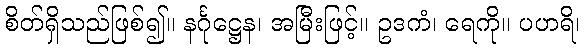
စိတ်ရှိသည်ဖြစ်၍။ နင်္ဂုဋ္ဌေန၊ အမြီးဖြင့်။ ဥဒကံ၊ ရေကို။ ပဟရိ၊